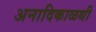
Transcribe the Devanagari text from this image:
अनादिकाळथी